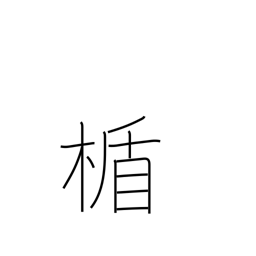
Meaning: shield